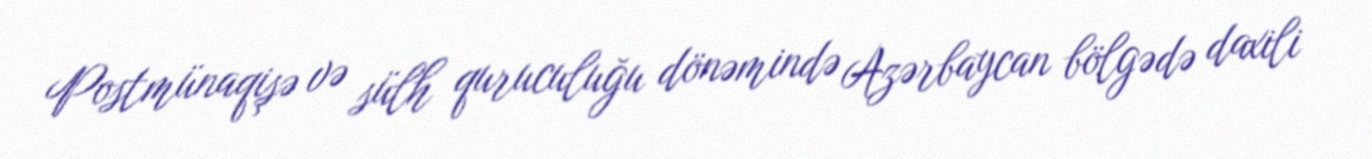
Postmünaqişə və sülh quruculuğu dönəmində Azərbaycan bölgədə daxili